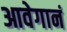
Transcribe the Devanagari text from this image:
आवेगानं